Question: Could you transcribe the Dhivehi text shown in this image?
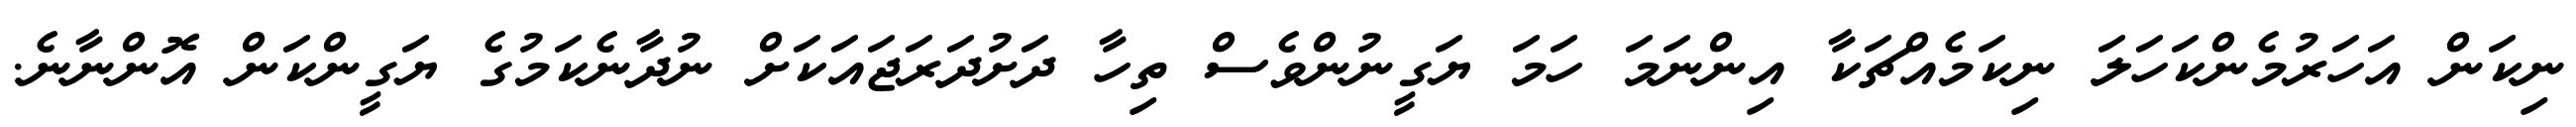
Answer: ނިކަން އަހަރުމެންކަހަލަ ނިކަމެއްޗަކާ އިންނަމަ ހަމަ ޔަގީނުންވެސް ތިހާ ދަށުދަރަޖައަކަށް ނުދާނެކަމުގެ ޔަގީންކަން އޮންނާނެ.